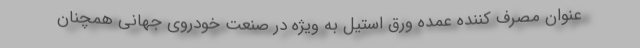
عنوان مصرف کننده عمده ورق استیل به ویژه در صنعت خودروی جهانی همچنان